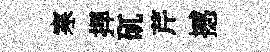
寒捍矹芹撼